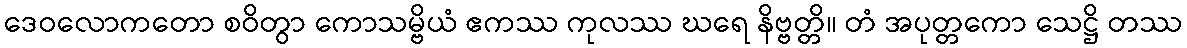
ဒေဝလောကတော စဝိတွာ ကောသမ္ဗိယံ ဧကဿ ကုလဿ ဃရေ နိဗ္ဗတ္တိ။ တံ အပုတ္တကော သေဋ္ဌိ တဿ